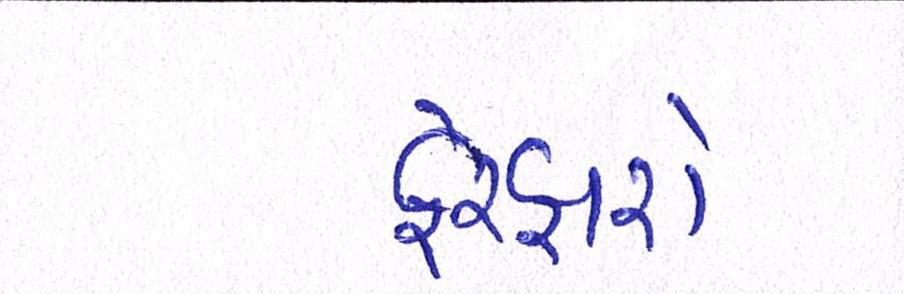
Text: ફેરફારો